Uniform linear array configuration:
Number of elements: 4
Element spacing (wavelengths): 1
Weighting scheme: kaiser
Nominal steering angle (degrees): -60
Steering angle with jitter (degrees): -60.92
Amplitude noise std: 0.05
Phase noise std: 0.05

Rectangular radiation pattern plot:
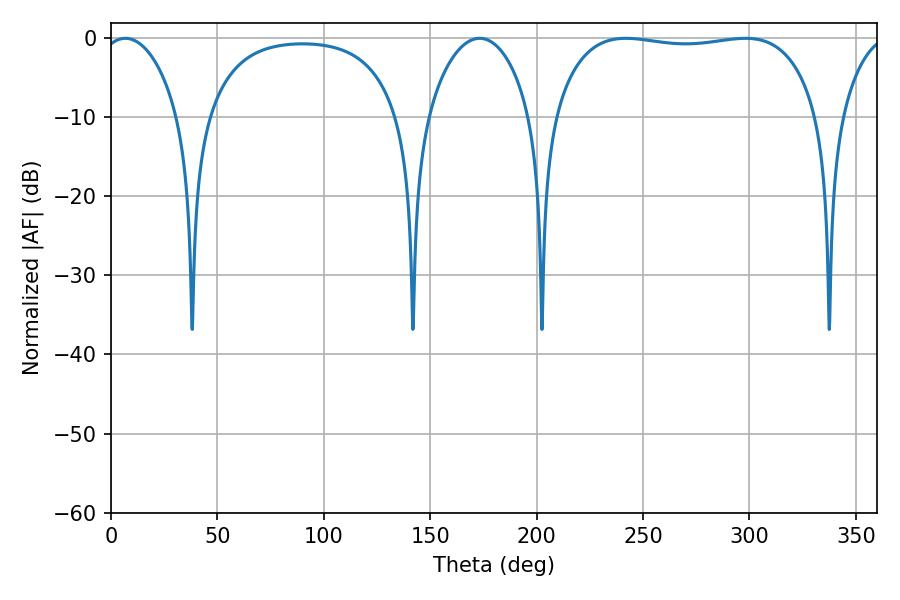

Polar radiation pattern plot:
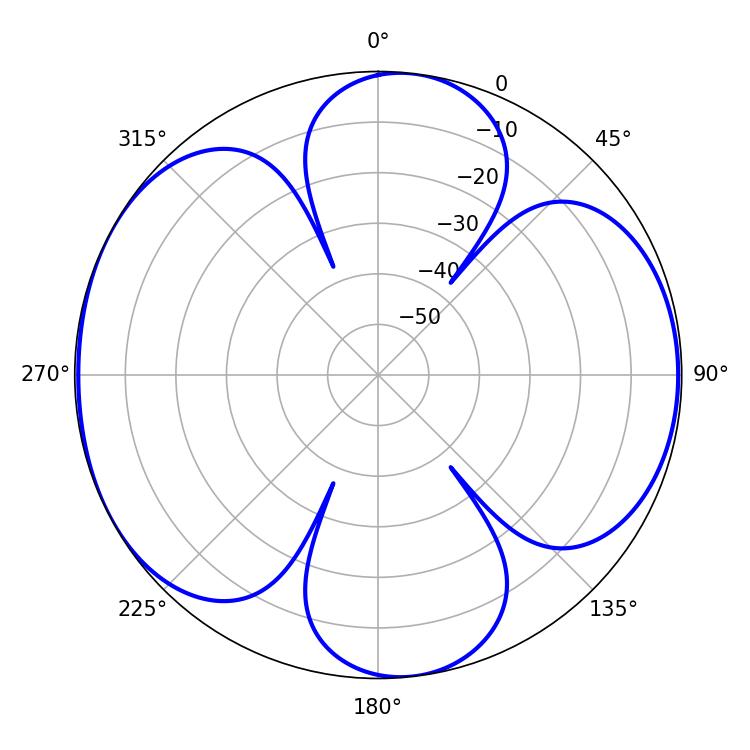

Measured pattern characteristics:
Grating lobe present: TRUE
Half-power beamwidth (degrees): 99.36
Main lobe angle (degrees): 241.92